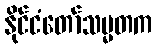
နိုင်ငံတော်သမ္မတက